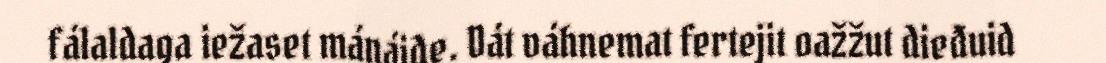
fálaldaga iežaset mánáide. Dát váhnemat fertejit oažžut dieđuid